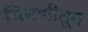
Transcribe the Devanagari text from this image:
चिमणीतून